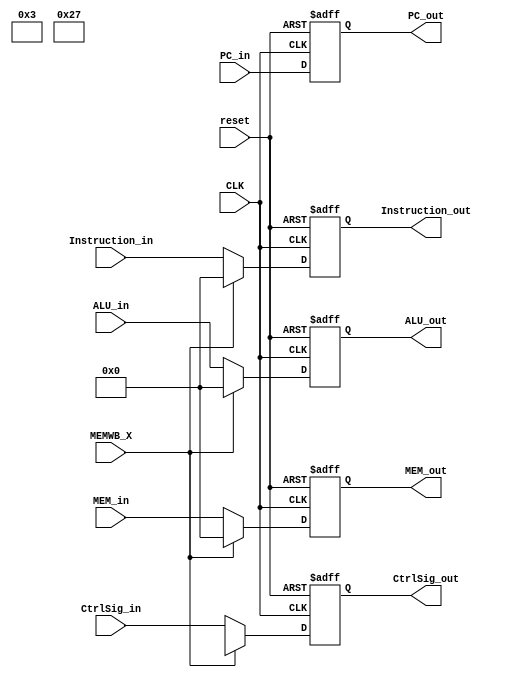
module MEMWB(
	input CLK,
	input reset,
	input MEMWB_X,
	input [31:0] PC_in,
	input [31:0] Instruction_in,
	input [20:0] CtrlSig_in,
	input [31:0] ALU_in,
	input [31:0] MEM_in,
	
	output reg [31:0] PC_out,
	output reg [31:0] Instruction_out,
	output reg [20:0] CtrlSig_out,
	output reg [31:0] MEM_out,
	output reg [31:0] ALU_out
	);
	always@(posedge CLK,negedge reset)
	begin
		if(~reset)
		begin
			PC_out			<= 32'b0; 
			Instruction_out	<= 32'b0; 
			CtrlSig_out		<= 21'b0;
			MEM_out			<= 32'b0; 
			ALU_out			<= 32'b0;
		end
		else if(MEMWB_X)
		begin
			PC_out			<= PC_in;
			CtrlSig_out		<= 21'b100_11_1_X_X_XXXXXX_X_0_0_11_X_X;
			Instruction_out	<= 32'b0; 
			MEM_out			<= 32'b0; 
			ALU_out			<= 32'b0;
		end
		else
		begin
			PC_out			<= PC_in;
			Instruction_out	<= Instruction_in;
			CtrlSig_out		<= CtrlSig_in;
			MEM_out			<= MEM_in;
			ALU_out			<= ALU_in;
		end
	end
endmodule